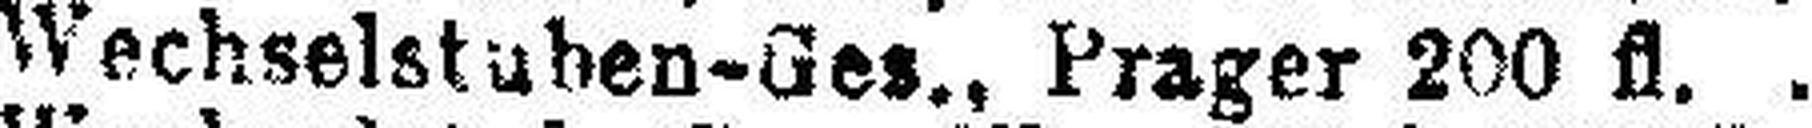
Wechselstuben-Ges., Prager 200 fl.